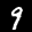
Label: 9